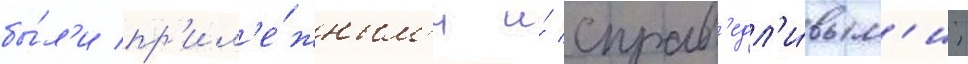
бы́л'и пр'ил'е́жным'и и́ справ'едл'и́вым'и;